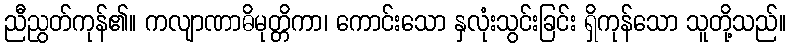
ညီညွတ်ကုန်၏။ ကလျာဏာဓိမုတ္တိကာ၊ ကောင်းသော နှလုံးသွင်းခြင်း ရှိကုန်သော သူတို့သည်။